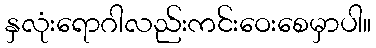
နှလုံးရောဂါလည်းကင်းဝေးစေမှာပါ။